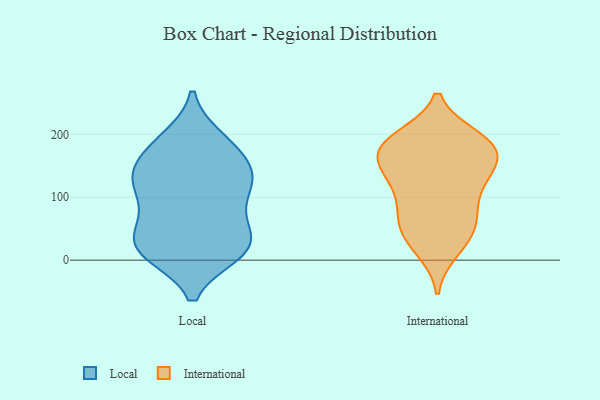
{"axis": {"x": "Market Share (%)", "y": "Value"}, "legend": ["International", "Local"], "data": [{"x": "", "y": 119, "type": "Local"}, {"x": "", "y": 26, "type": "Local"}, {"x": "", "y": 128, "type": "Local"}, {"x": "", "y": 39, "type": "Local"}, {"x": "", "y": 12, "type": "Local"}, {"x": "", "y": 11, "type": "Local"}, {"x": "", "y": 16, "type": "Local"}, {"x": "", "y": 193, "type": "Local"}, {"x": "", "y": 83, "type": "Local"}, {"x": "", "y": 27, "type": "Local"}, {"x": "", "y": 179, "type": "Local"}, {"x": "", "y": 131, "type": "Local"}, {"x": "", "y": 12, "type": "Local"}, {"x": "", "y": 165, "type": "Local"}, {"x": "", "y": 120, "type": "Local"}, {"x": "", "y": 189, "type": "Local"}, {"x": "", "y": 140, "type": "Local"}, {"x": "", "y": 59, "type": "Local"}, {"x": "", "y": 76, "type": "Local"}, {"x": "", "y": 134, "type": "Local"}, {"x": "", "y": 77, "type": "International"}, {"x": "", "y": 179, "type": "International"}, {"x": "", "y": 188, "type": "International"}, {"x": "", "y": 182, "type": "International"}, {"x": "", "y": 17, "type": "International"}, {"x": "", "y": 45, "type": "International"}, {"x": "", "y": 167, "type": "International"}, {"x": "", "y": 177, "type": "International"}, {"x": "", "y": 140, "type": "International"}, {"x": "", "y": 87, "type": "International"}, {"x": "", "y": 194, "type": "International"}, {"x": "", "y": 127, "type": "International"}, {"x": "", "y": 27, "type": "International"}, {"x": "", "y": 129, "type": "International"}, {"x": "", "y": 66, "type": "International"}, {"x": "", "y": 126, "type": "International"}, {"x": "", "y": 156, "type": "International"}, {"x": "", "y": 54, "type": "International"}, {"x": "", "y": 190, "type": "International"}]}